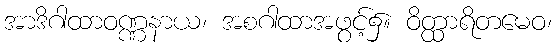
အာဒိဂါထာဝဏ္ဏနာယ၊ အစဂါထာအဖွင့်၌။ ဝိတ္ထာရိတမေဝ၊